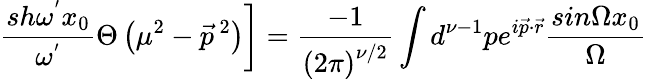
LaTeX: \left.\frac{sh{\omega}^{'}x_{0}}{{\omega}^{'}}\Theta\left({\mu}^{2}-{\vec{p}}^{\, 2}\right)\right]=\frac{-1}{\left(2\pi\right)^{\nu/2}}\int d^{\nu-1}pe^{i\vec{p}\cdot\vec{r}}\frac{sin\Omega x_{0}}{\Omega}